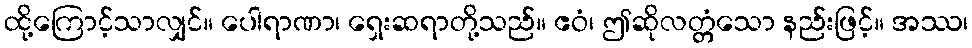
ထို့ကြောင့်သာလျှင်။ ပေါရာဏာ၊ ရှေးဆရာတို့သည်။ ဧဝံ၊ ဤဆိုလတ္တံသော နည်းဖြင့်။ အဿ၊